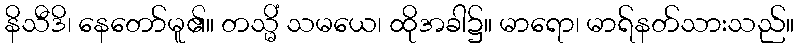
နိသီဒိ၊ နေတော်မူ၏။ တသ္မိံ သမယေ၊ ထိုအခါ၌။ မာရော၊ မာရ်နတ်သားသည်။